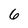
Character: 6